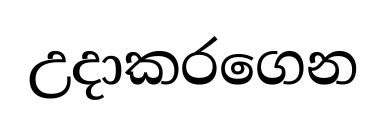
උදාකරගෙන